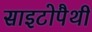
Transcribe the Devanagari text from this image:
साइटोपैथी